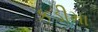
કડીમા